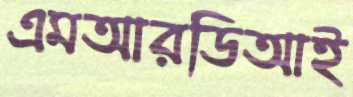
এমআরডিআই